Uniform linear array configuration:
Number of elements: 64
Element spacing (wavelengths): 1
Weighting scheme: kaiser
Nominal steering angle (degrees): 45
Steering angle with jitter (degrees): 46.829
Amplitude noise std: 0.05
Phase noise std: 0.05

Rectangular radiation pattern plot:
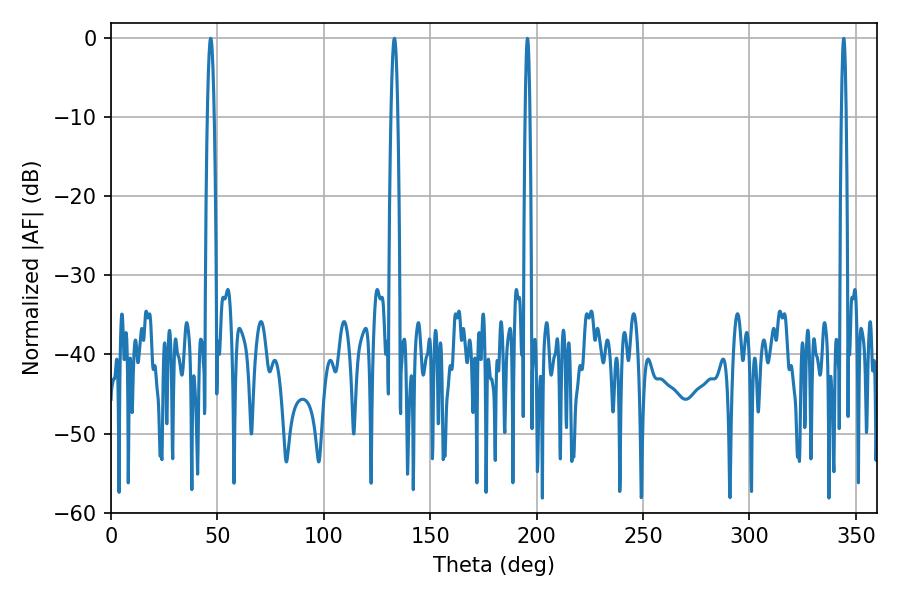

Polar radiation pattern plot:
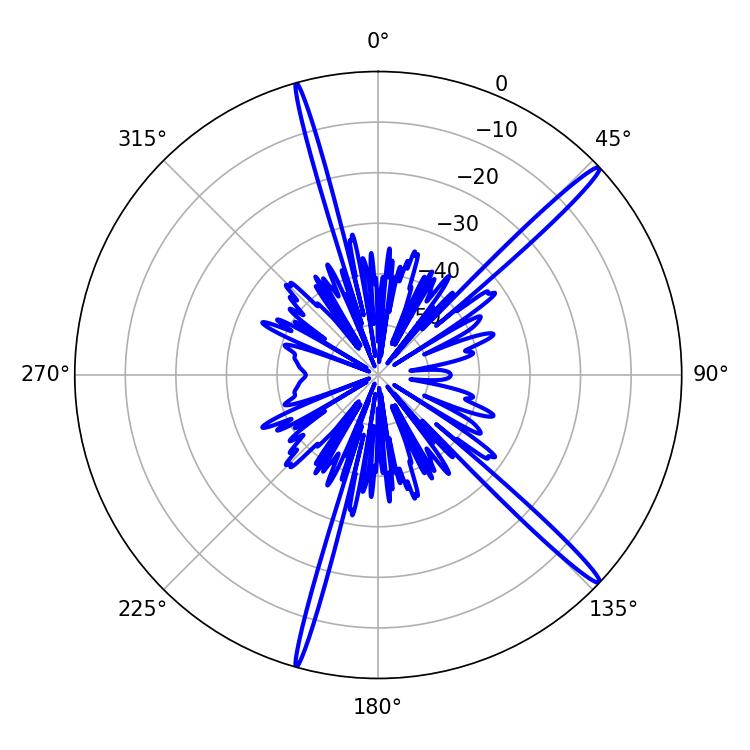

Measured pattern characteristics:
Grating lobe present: TRUE
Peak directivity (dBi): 17.367
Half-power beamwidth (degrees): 1.62
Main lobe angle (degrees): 46.8